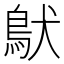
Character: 𩿁